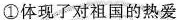
①体现了对祖国的热爱